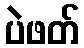
ပဲဖတ်